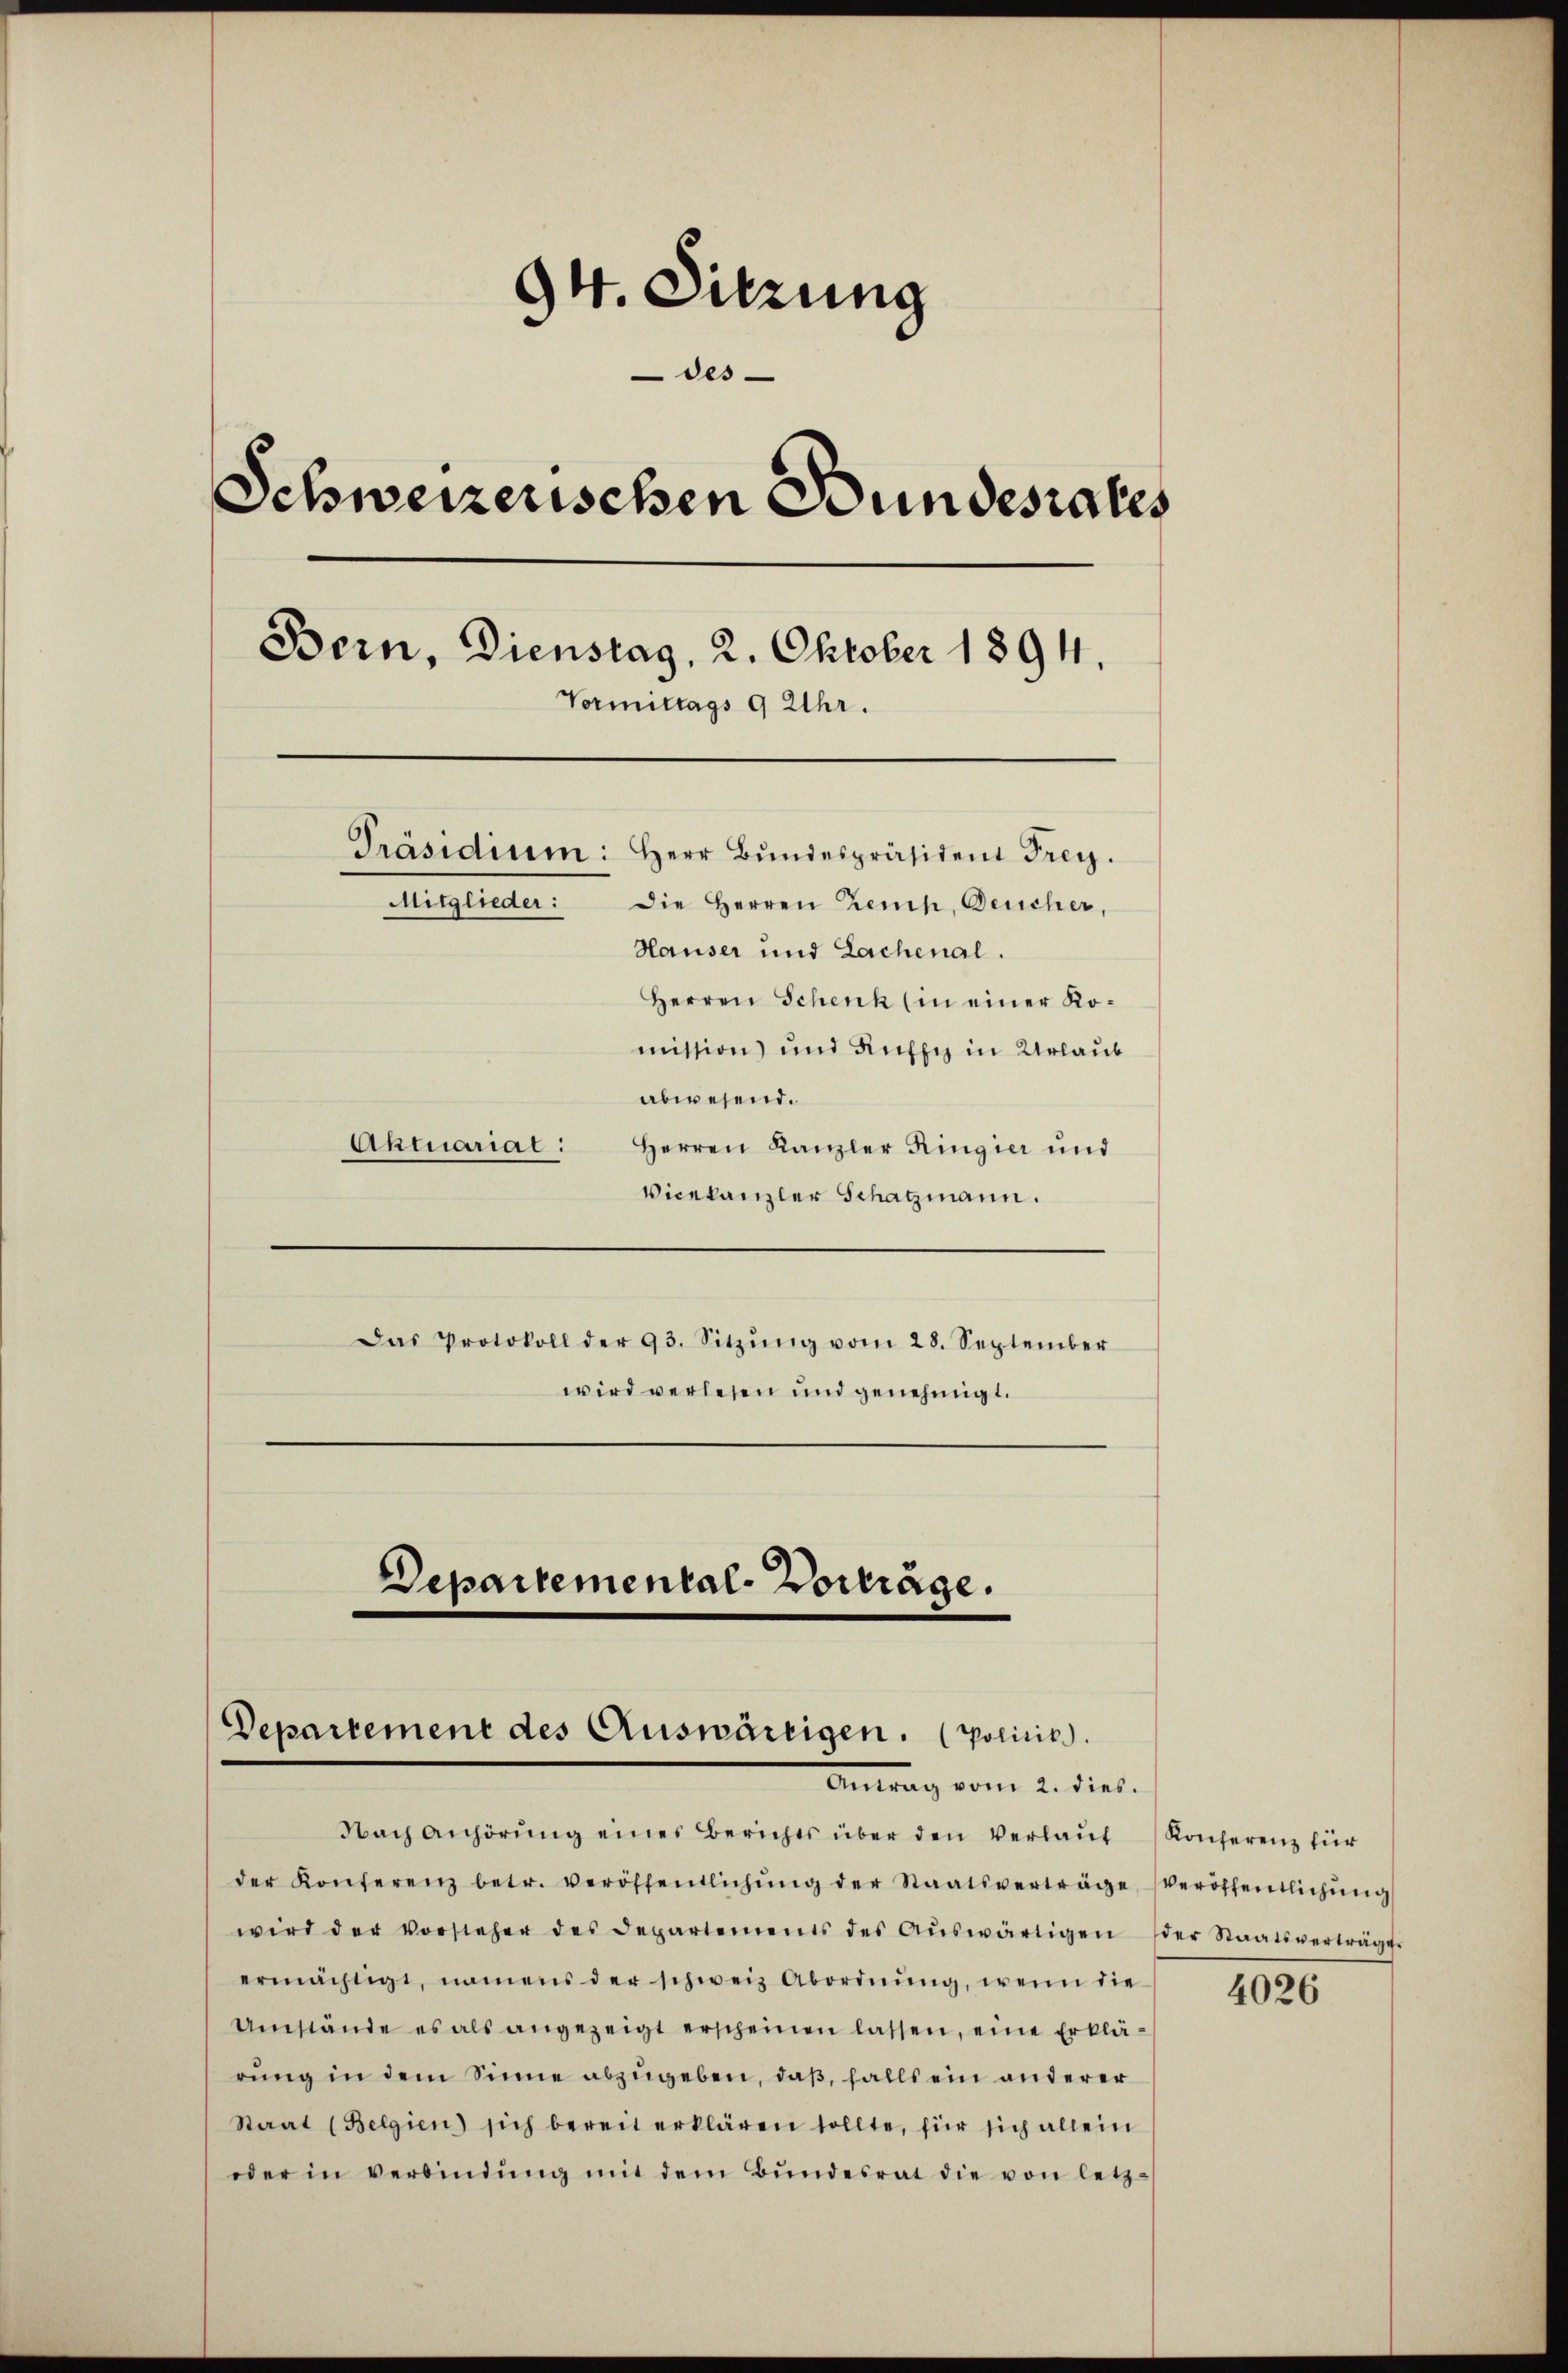
94. Sitzung
des
Schweizerischen Bundesrates
Bern, Dienstag, 2. Oktober 1894.
Vormittags 9 Uhr.
Präsidium: Herr Bundespräsident Frey.
Mitglieder: Die Herren Zeich, Deucher,
Hauser und Lachenal.
Herren Schenk (in einer Komission) und Kuffe in Urlaub
abwesend.

Aktuariat:
Herren Kanzler Ringier und
Vicekanzler Schatzmann.
Das Protokoll der 93. Sitzŭng vom 28. September
wird verlesen und genehmigt.

Departemental-Vorträge.
Departement des Auswärtigen. (Policis.
Antrag vom 2. dies.

Nach Anhörŭng eines Berichts über den Verlaŭf Konferenz für
der Konferenz betr. veröffentlichŭng der Staatsverträge
wird der vorsteher des Departements des Aŭswärtigen
ermächtigt, namens der schweiz Abordnŭng, wenn die
Umstände es als angezeigt erscheinen lassen, eine Erklä-
rung in dem Sinne abzugeben, daß, falls ein anderer
Staat (Belgien) sich bereit erklären sollte, für sich allein
oder in verbindŭng mit dem Bŭndesrat die von letz-

veröffentlichung
der Staatsverträge.

4026